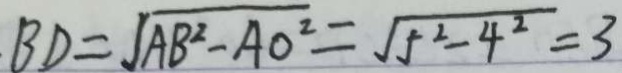
B D = \sqrt { A B ^ { 2 } - A O ^ { 2 } } = \sqrt { 5 ^ { 2 } - 4 ^ { 2 } } = 3